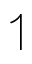
\upharpoonleft